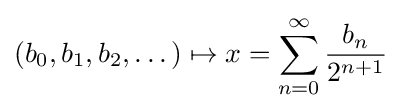
(b_{0},b_{1},b_{2},\dots )\mapsto x=\sum _{n=0}^{\infty }{\frac {b_{n}}{2^{n+1}}}